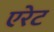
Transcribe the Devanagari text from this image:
एरेट